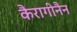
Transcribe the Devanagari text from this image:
कैरागीनैन